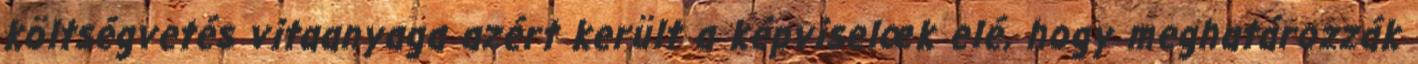
költségvetés vitaanyaga azért került a képviselœk elé, hogy meghatározzák